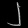
Digit: ၂